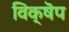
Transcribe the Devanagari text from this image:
विक्षॆप